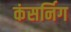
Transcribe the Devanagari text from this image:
कंसर्निग